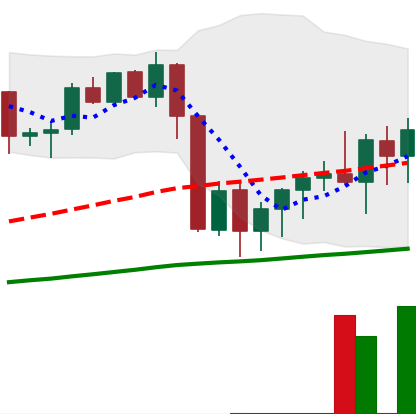
Ticker: XMR-USD
Chart end date: 2020-09-13
Forward return: 3.123%
Label: up_3_5